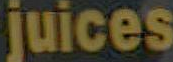
juices